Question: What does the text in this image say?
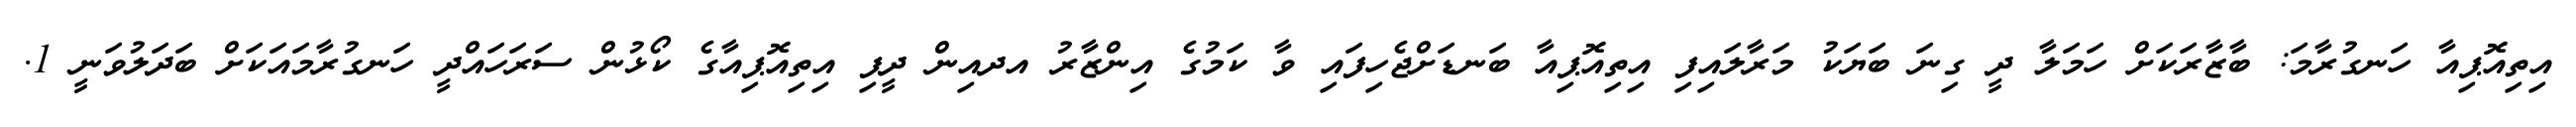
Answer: އިތިއޮޕިއާ ހަނގުރާމަ: ބާޒާރަކަށް ހަމަލާ ދީ ގިނަ ބަޔަކު މަރާލައިފި އިތިއޮޕިއާ ބަނޑަށްޖެހިފައި ވާ ކަމުގެ އިންޒާރު އދއިން ދީފި އިތިއޮޕިއާގެ ކޯޅުން ސަރަހައްދީ ހަނގުރާމައަކަށް ބަދަލުވަނީ 1.